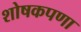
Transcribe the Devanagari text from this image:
शोषकपणा